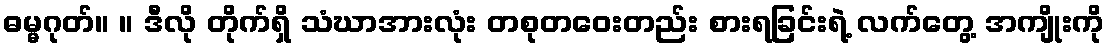
ဓမ္မဂုတ်။ ။ ဒီလို တိုက်ရှိ သံဃာအားလုံး တစုတဝေးတည်း စားရခြင်းရဲ့ လက်တွေ့ အကျိုးကို